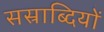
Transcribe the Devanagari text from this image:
सस्राब्दियों